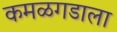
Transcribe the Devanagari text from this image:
कमळगडाला